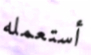
أستعمله